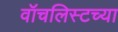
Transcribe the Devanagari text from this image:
वॉचलिस्टच्या